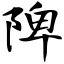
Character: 陴